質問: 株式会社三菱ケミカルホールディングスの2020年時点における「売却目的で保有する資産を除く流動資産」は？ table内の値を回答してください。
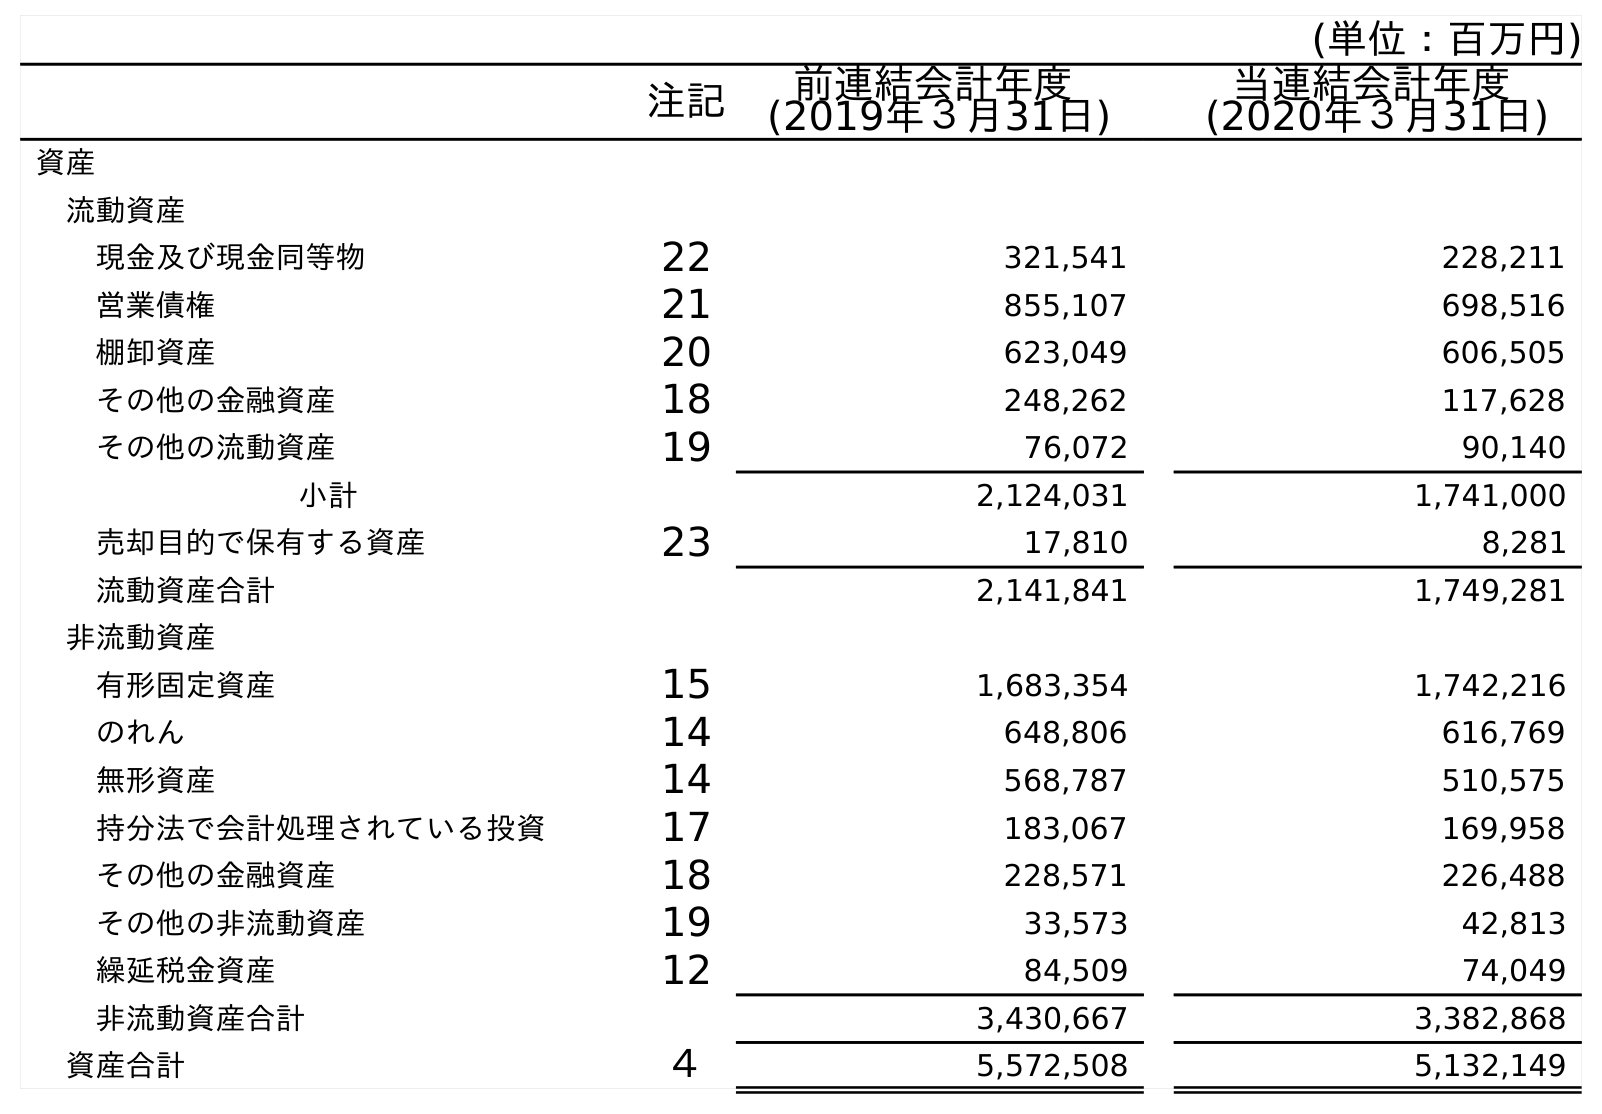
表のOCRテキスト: (単位：百万円) 注記 前連結会計年度 (2019年３月31日) 当連結会計年度 (2020年３月31日) 資産 流動資産 現金及び現金同等物 22 321,541 228,211 営業債権 21 855,107 698,516 棚卸資産 20 623,049 606,505 その他の金融資産 18 248,262 117,628 その他の流動資産 19 76,072 90,140 小計 2,124,031 1,741,000 売却目的で保有する資産 23 17,810 8,281 流動資産合計 2,141,841 1,749,281 非流動資産 有形固定資産 15 1,683,354 1,742,216 のれん 14 648,806 616,769 無形資産 14 568,787 510,575 持分法で会計処理されている投資 17 183,067 169,958 その他の金融資産 18 228,571 226,488 その他の非流動資産 19 33,573 42,813 繰延税金資産 12 84,509 74,049 非流動資産合計 3,430,667 3,382,868 資産合計 ４ 5,572,508 5,132,149
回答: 1,741,000